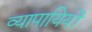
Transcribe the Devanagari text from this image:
व्यापायियों